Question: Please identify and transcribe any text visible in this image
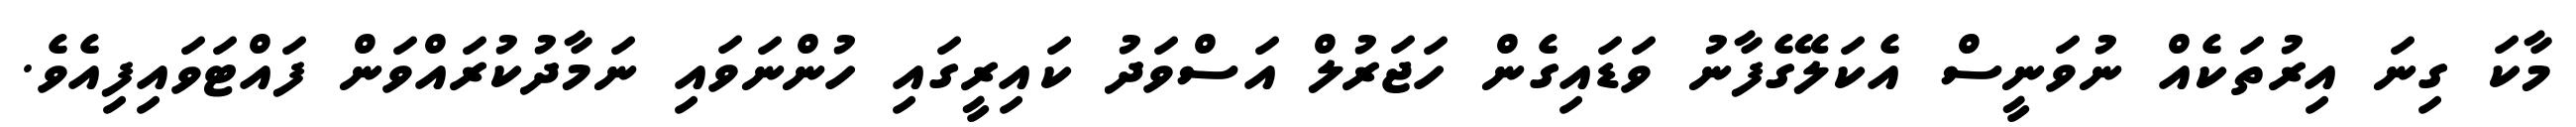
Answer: މާކަ ގިނަ އިރުތަކެއް ނުވަނީސް އެކަލޭގެފާނު ވަޑައިގެން ހަޖަރުލް އަސްވަދު ކައިރީގައި ހުންނަވައި ނަމާދުކުރައްވަން ފައްޓަވައިފިއެވެ.